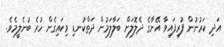
އަދި ކަރުނުން ފުރިފައިވާ އޭނާގެ ދެލޮލަށް ބަލާލަމުން ދަތްކުނޑި ވިކައިގެން ހުރެ ބުނެލީމެވެ.